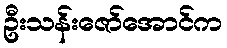
ဦးသန်းဇော်အောင်က